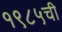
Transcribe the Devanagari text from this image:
१९८५ची